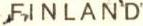
FINLAND